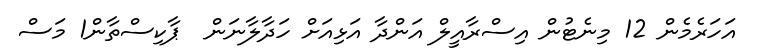
އަހަރެމެން 12 މިނެޓުން އިސްރާއީލް އަންދާ އަޅިއަށް ހަދާލާނަން  ޕާކިސްތާން1 މަސް